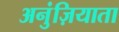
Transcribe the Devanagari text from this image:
अनुंज़ियाता